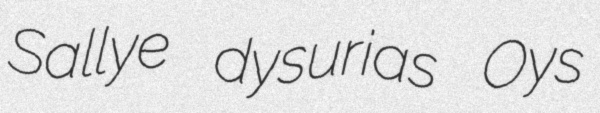
Sallye dysurias Oys